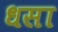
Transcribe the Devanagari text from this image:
धसा